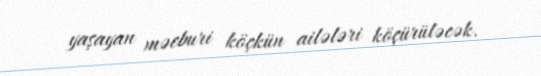
yaşayan məcburi köçkün ailələri köçürüləcək.